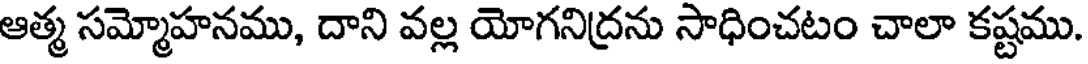
ఆత్మ సమ్మోహనము, దాని వల్ల యోగనిద్రను సాధించటం చాలా కష్టము.